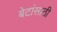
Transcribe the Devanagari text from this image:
बेटांसाठी